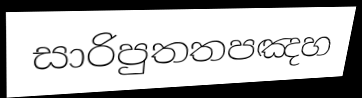
සාරිපුතතපඤහ